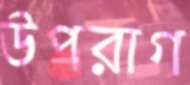
উপরাগ